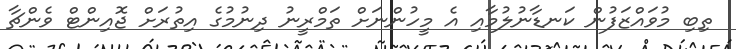
ތިބި މުވައްޒަފުން ކަނޑާނުލުމާއި އެ މީހުންނަށް ތަމްރީނު ދިނުމުގެ އިތުރަށް ޖޮއިންޓް ވެންޗާ